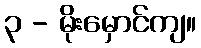
၃ - မိုးမှောင်ကျ။